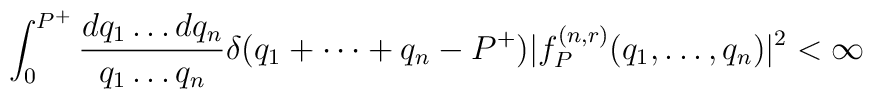
\int_0^{P^+} {dq_1 \dots dq_n \over q_1 \dots q_n}\delta(q_1 + \cdots + q_n - P^+)|f^{(n,r)}_P(q_1,\dots,q_n )|^2 < \infty